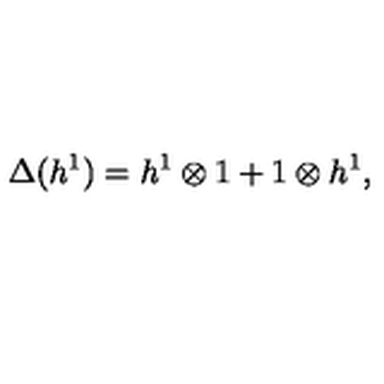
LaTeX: \Delta ( h ^ { 1 } ) = h ^ { 1 } \otimes 1 + 1 \otimes h ^ { 1 } ,